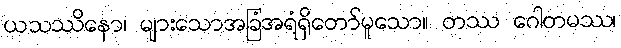
ယသဿိနော၊ များသောအခြံအရံရှိတော်မူသော။ တဿ ဂေါတမဿ၊